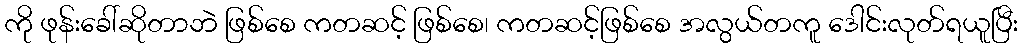
ကို ဖုန်းခေါ်ဆိုတာဘဲ ဖြစ်စေ ကတဆင့် ဖြစ်စေ၊ ကတဆင့်ဖြစ်စေ အလွယ်တကူ ဒေါင်းလုတ်ရယူပြီး